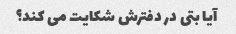
آیا بتی در دفترش شکایت می کند؟